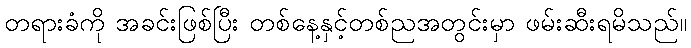
တရားခံကို အခင်းဖြစ်ပြီး တစ်နေ့နှင့်တစ်ညအတွင်းမှာ ဖမ်းဆီးရမိသည်။